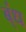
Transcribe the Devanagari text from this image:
ब्ंध